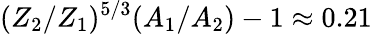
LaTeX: (Z_{2}/Z_{1})^{5/3}(A_{1}/A_{2})-1\approx 0.21